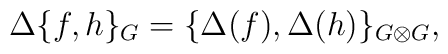
\Delta \{ f,h\}_{G}=\{\Delta (f),\Delta (h)\}_{G\otimes G},